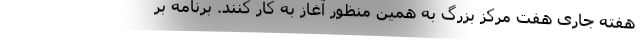
هفته جاری هفت مرکز بزرگ به همین منظور آغاز به کار کنند. برنامه بر